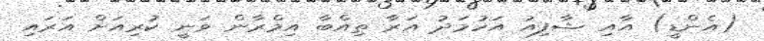
(އެންޑީ) އާއި ޝާފިއު އަހުމަދު އަރާ ތިއްބާ އިމްރާން ވަނީ ކުރިއަށް އަރައި